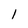
Character: l